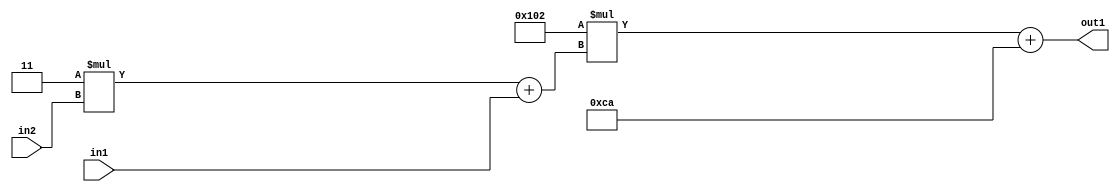
`timescale 1ps / 1ps
/*****************************************************************************
    Verilog RTL Description
    
    
    Created by: Stratus DpOpt 2019.1.01 
*******************************************************************************/

module DC_Filter_Add2i202Mul2i258Add2u1Mul2i3u2_4 (
	in2,
	in1,
	out1
	); /* architecture "behavioural" */ 
input [1:0] in2;
input  in1;
output [11:0] out1;
wire [11:0] asc001;
wire [3:0] asc002;

wire [3:0] asc002_tmp_0;
assign asc002_tmp_0 = 
	+(4'B0011 * in2);
assign asc002 = asc002_tmp_0
	+(in1);

wire [11:0] asc001_tmp_1;
assign asc001_tmp_1 = 
	+(12'B000100000010 * asc002);
assign asc001 = asc001_tmp_1
	+(12'B000011001010);

assign out1 = asc001;
endmodule

/* CADENCE  v7XzSQE= : u9/ySgnWtBlWxVPRXgAZ4Og= ** DO NOT EDIT THIS LINE ******/